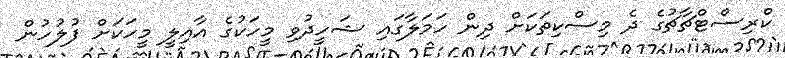
ކްރިސްޓްޗާޗުގެ ދެ މިސްކިތަކަށް ދިން ހަމަލާގައި ޝަހީދުވި މީހަކުގެ އާއިލީ މީހަކަށް ފުލުހުން